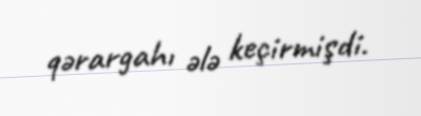
qərargahı ələ keçirmişdi.